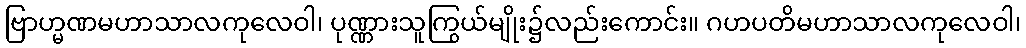
ဗြာဟ္မဏမဟာသာလကုလေဝါ၊ ပုဏ္ဏားသူကြွယ်မျိုး၌လည်းကောင်း။ ဂဟပတိမဟာသာလကုလေဝါ၊